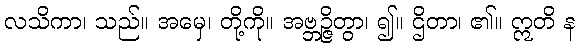
လသိကာ၊ သည်။ အမှေ၊ တို့ကို။ အဗ္ဘဉ္ဇိတွာ၊ ၍။ ဌိတာ၊ ၏။ ဣတိ န